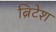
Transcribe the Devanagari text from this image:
ब्रिटेश